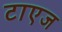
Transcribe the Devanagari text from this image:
टाएज